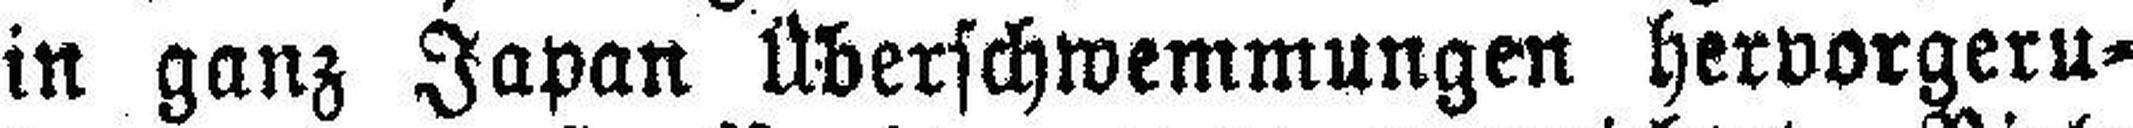
in ganz Japan Überschwemmungen hervorgeru¬